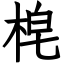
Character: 梍